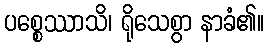
ပစ္စေဿာသိ၊ ရိုသေစွာ နာခံ၏။